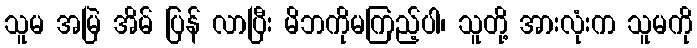
သူမ အမြဲ အိမ် ပြန် လာပြီး မိဘကိုမကြည့်ပါ၊ သူတို့ အားလုံးက သူမကို